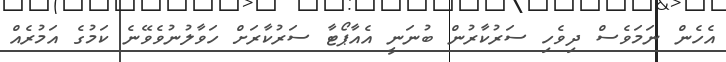
އެހެން ނަމަވެސް ދިވެހި ސަރުކާރުން ބުނަނީ އެއާޕޯޓާ ސަރުކާރަށް ހަވާލުނުވެވޭނެ ކަމުގެ އަމުރެއް